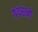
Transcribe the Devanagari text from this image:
ग्रंथरत्नों